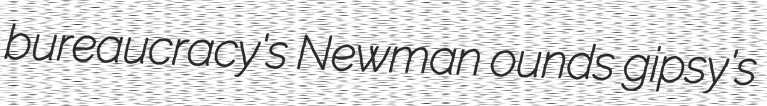
bureaucracy's Newman ounds gipsy's